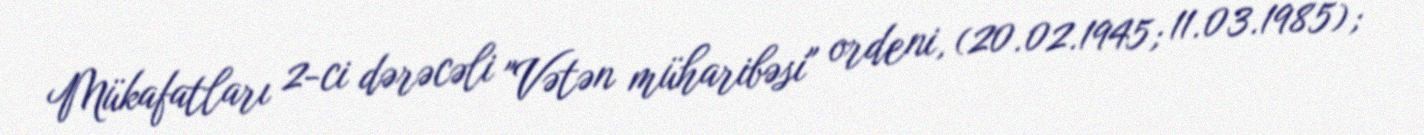
Mükafatları 2-ci dərəcəli "Vətən müharibəsi" ordeni, (20.02.1945; 11.03.1985);